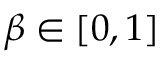
\beta \in \lbrack 0 , 1 ]